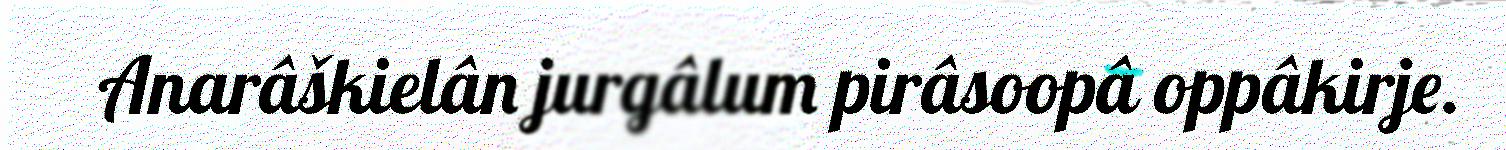
Anarâškielân jurgâlum pirâsoopâ oppâkirje.